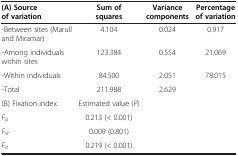
| (A) Source of variation | Sum of squares | Variance components | Percentage of variation |
 | --- | --- | --- | --- |
 | -Between sites (Marull and Miramar) | 4.104 | 0.024 | 0.917 |
 | -Among individuals within sites | 123.384 | 0.554 | 21.069 |
 | -Within individuals | 84.500 | 2.051 | 78.015 |
 | -Total | 211.988 | 2.629 |  |
 | (B) Fixation index | Estimated value (P) |  |  |
 | Fis | 0.213 (< 0.001) |  |  |
 | Fst | 0.009 (0.801) |  |  |
 | Fit | 0.219 (< 0.001) |  |  |